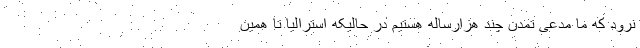
نرود که ما مدعی تمدن چند هزارساله هستیم در حالیکه استرالیا تا همین